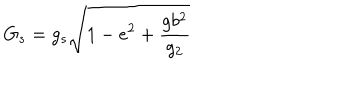
LaTeX: G _ { s } = g _ { s } \sqrt { 1 - e ^ { 2 } + \frac { g b ^ { 2 } } { g _ { 2 } } }